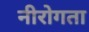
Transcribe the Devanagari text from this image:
नीरोगता